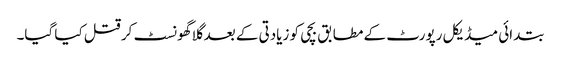
بتدائی میڈیکل رپورٹ کے مطابق بچی کو زیادتی کے بعد گلا گھونسٹ کر قتل کیا گیا۔